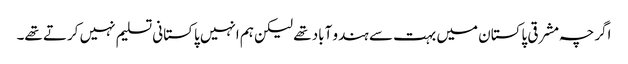
اگرچہ مشرقی پاکستان میں بہت سے ہندو آباد تھے لیکن ہم انہیں پاکستانی تسلیم نہیں کرتے تھے۔